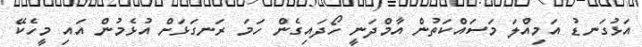
އަޅުގަނޑު އަމިއްލަ މަސައްކަތުން އާމްދަނީ ހޯދައިގެން ހަމަ ރަނގަޅަށް އުޅެމުން އައި މީހެކޭ